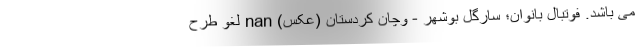
می باشد. فوتبال بانوان؛ سارگل بوشهر - وچان کردستان (عکس) nan لغو طرح